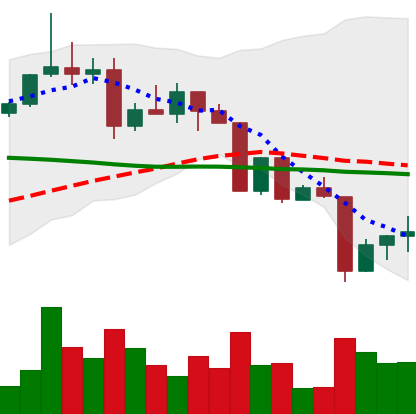
Ticker: XRP-USD
Chart end date: 2022-04-14
Forward return: 6.638%
Label: up_5_7